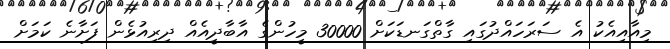
މިއާއިއެކު އެ ސަރަހައްދުގައި ގާތްގަނޑަކަށް 30000 މީހުންގެ އާބާދީއެއް ދިރިއުޅެން ފަށާނެ ކަމަށް